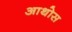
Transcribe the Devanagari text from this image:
आथोस